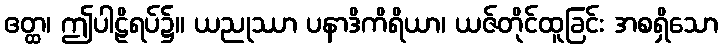
ဧတ္ထ၊ ဤပါဠိရပ်၌။ ယညုဿာ ပနာဒိကိရိယာ၊ ယဇ်တိုင်ထူခြင်း အစရှိသော